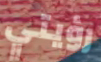
رؤيتي